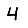
Digit: 4